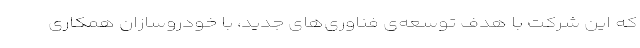
که این شرکت با هدف توسعه‌ی فناوری‌های جدید، با خودروسازان همکاری